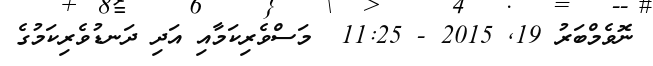
ނޮވެމްބަރު 19